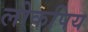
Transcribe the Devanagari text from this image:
लोकपिय